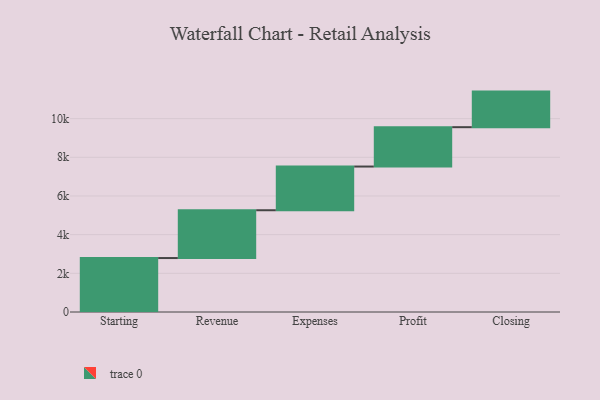
{"axis": {"x": "Step", "y": "Value"}, "legend": [""], "data": [{"x": "Starting", "y": 2790.0, "type": ""}, {"x": "Revenue", "y": 2472.0, "type": ""}, {"x": "Expenses", "y": 2260.0, "type": ""}, {"x": "Profit", "y": 2035.0, "type": ""}, {"x": "Closing", "y": 1840.0, "type": ""}]}